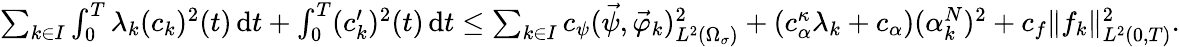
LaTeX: \begin{array}{r}{\sum_{k\in I}\int_{0}^{T}\lambda_{k}(c_{k})^{2}(t)\, \mathrm dt+\int_{0}^{T}(c_{k}^{\prime})^{2}(t)\, \mathrm dt\leq\sum_{k\in I}c_{\psi}(\vec{\psi},\vec{\varphi}_{k})_{L^{2}(\Omega_{\sigma})}^{2}+(c_{\alpha}^{\kappa}\lambda_{k}+c_{\alpha})(\alpha_{k}^{N})^{2}+c_{f}\| f_{k}\| _{L^{2}(0,T)}^{2}.}\end{array}